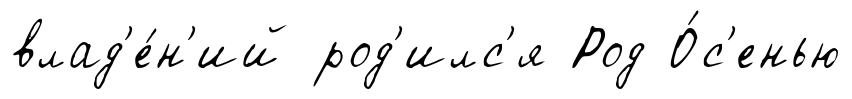
влад'е́н'ий род'илс'я Род О́с'енью